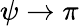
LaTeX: \psi\to\pi